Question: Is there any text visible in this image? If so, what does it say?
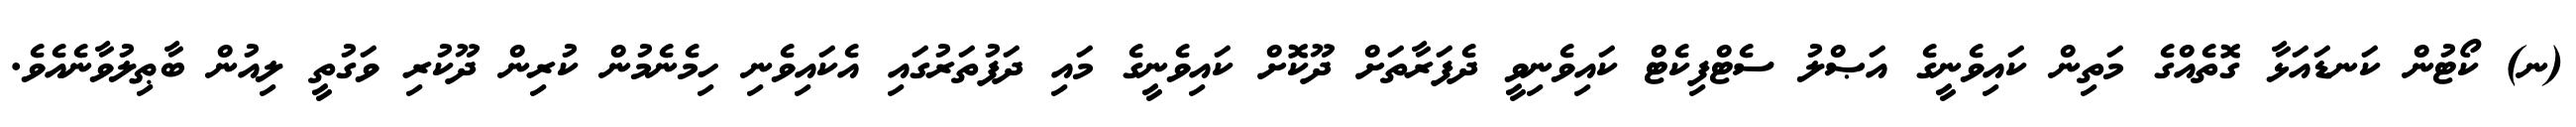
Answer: (ނ) ކޯޓުން ކަނޑައަޅާ ގޮތެއްގެ މަތިން ކައިވެނީގެ އަޞްލު ސެޓްފިކެޓް ކައިވެނިވީ ދެފަރާތަށް ދޫކޮށް ކައިވެނީގެ މައި ދަފުތަރުގައި އެކައިވެނި ހިމެނެމުން ކުރިން ދޫކުރި ވަގުތީ ލިއުން ބާޠިލުވާނެއެވެ.